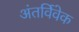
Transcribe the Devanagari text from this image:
अंतर्विवेक